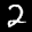
Label: 2